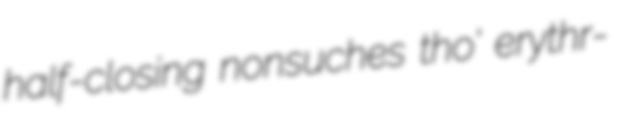
half-closing nonsuches tho' erythr-